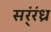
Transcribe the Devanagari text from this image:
सर्ंरंध्र